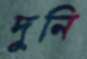
দুনি